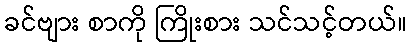
ခင်ဗျား စာကို ကြိုးစား သင်သင့်တယ်။